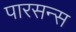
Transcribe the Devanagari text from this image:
पारसन्स